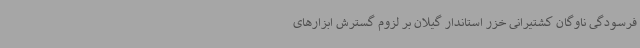
فرسودگی ناوگان کشتیرانی خزر استاندار گیلان بر لزوم گسترش ابزارهای